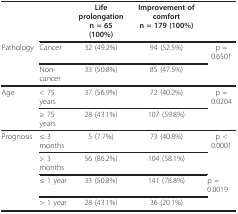
<table><thead><tr><td></td><td></td><td><b>Life prolongationn = 65 (100%)</b></td><td><b>Improvement of comfortn = 179 (100%)</b></td><td></td></tr><tr><td><b>Pathology</b></td><td><b>Cancer</b></td><td><b>32 (49.2%)</b></td><td><b>94 (52.5%)</b></td><td><b>p = 0.6501</b></td></tr><tr><td></td><td><b>Non-cancer</b></td><td><b>33 (50.8%)</b></td><td><b>85 (47.5%)</b></td><td></td></tr></thead><tbody><tr><td>Age</td><td>&lt; 75 years</td><td>37 (56.9%)</td><td>72 (40.2%)</td><td>p = 0.0204</td></tr><tr><td></td><td>≥ 75 years</td><td>28 (43.1%)</td><td>107 (59.8%)</td><td></td></tr><tr><td>Prognosis</td><td>≤ 3 months</td><td>5 (7.7%)</td><td>73 (40.8%)</td><td>p &lt; 0.0001</td></tr><tr><td></td><td>&gt; 3 months</td><td>56 (86.2%)</td><td>104 (58.1%)</td><td></td></tr><tr><td></td><td>≤ 1 year</td><td>33 (50.8%)</td><td>141 (78.8%)</td><td>p = 0.0019</td></tr><tr><td></td><td>&gt; 1 year</td><td>28 (43.1%)</td><td>36 (20.1%)</td><td></td></tr></tbody></table>